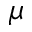
\mu